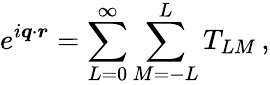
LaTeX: e^{i\boldsymbol{q}\cdot\boldsymbol{r}}=\sum_{L=0}^{\infty}\sum_{M=-L}^{L}T_{LM}\, ,